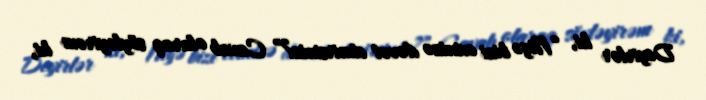
Deyirlər ki, “Niyə bizi evinizə dəvət etmirsiniz?” Cavab olaraq söyləyirəm ki,